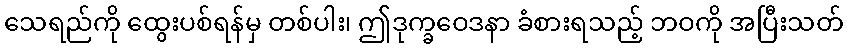
သေရည်ကို ထွေးပစ်ရန်မှ တစ်ပါး၊ ဤဒုက္ခဝေဒနာ ခံစားရသည့် ဘဝကို အပြီးသတ်